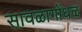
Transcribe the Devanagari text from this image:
सावळागोंधळ